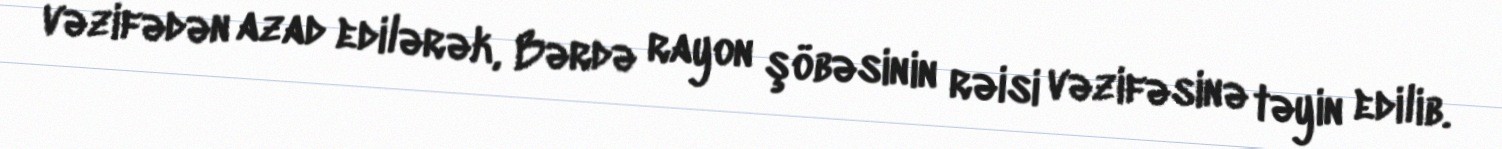
vəzifədən azad edilərək, Bərdə rayon şöbəsinin rəisi vəzifəsinə təyin edilib.